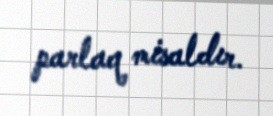
parlaq misaldır.